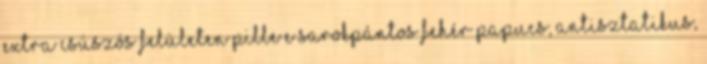
extra csúszós felületen PILLE E sarokpántos fehér papucs, antisztatikus,